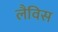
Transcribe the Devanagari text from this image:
लैविस